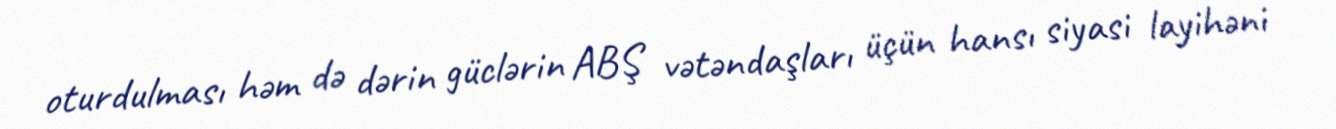
oturdulması həm də dərin güclərin ABŞ vətəndaşları üçün hansı siyasi layihəni